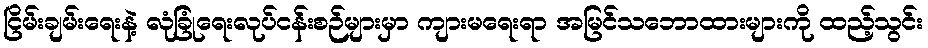
ငြိမ်းချမ်းရေးနဲ့ လုံခြုံရေးလုပ်ငန်းစဉ်များမှာ ကျားမရေးရာ အမြင်သဘောထားများကို ထည့်သွင်း